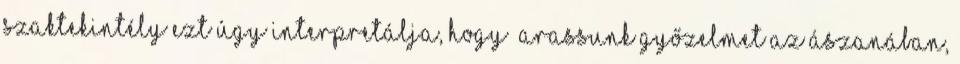
szaktekintély ezt úgy interpretálja, hogy „Arassunk győzelmet az ászanában,